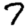
Digit: 7